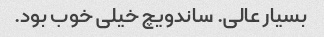
بسیار عالی. ساندویچ خیلی خوب بود.